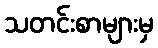
သတင်းစာများမှ